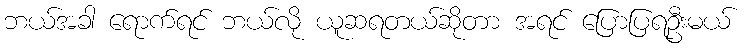
ဘယ်အခါ ရောက်ရင် ဘယ်လို ယူဆရတယ်ဆိုတာ အရင် ပြောပြရဦးမယ်